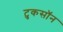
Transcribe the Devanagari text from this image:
टुकसॉन